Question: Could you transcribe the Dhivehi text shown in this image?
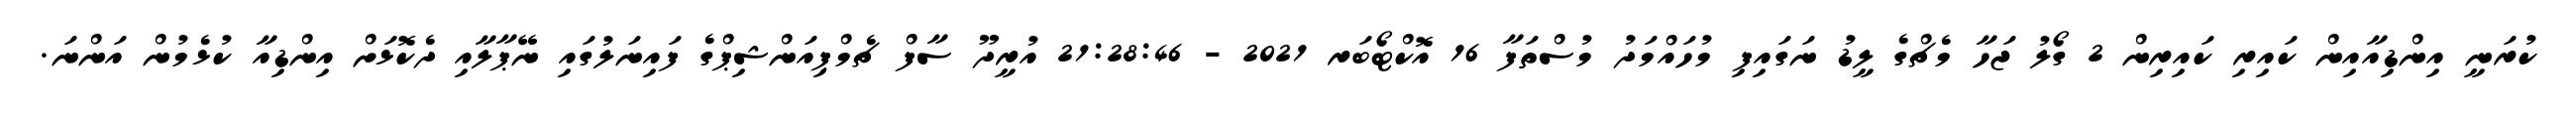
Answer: ކުރަނީ އިންޑިއާއިން ކައިރި ކައިރިން 2 ގޯލު ޖަހާ މެޗްގެ ލީޑު ނަގައިފި މުހައްމަދު މުސްތަފާ 16 އޮކްޓޯބަރ 2021 - 21:28:46 އުރީދޫ ސާފް ޗެމްޕިއަންޝިޕްގެ ފައިނަލުގައި ނޭޕާލާއި ދެކޮޅަށް އިންޑިއާ ކުޅެމުން އަންނަ.